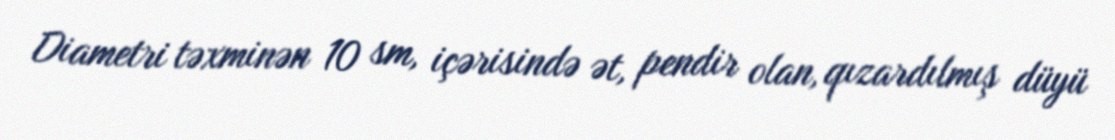
Diametri təxminən 10 sm, içərisində ət, pendir olan, qızardılmış düyü